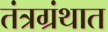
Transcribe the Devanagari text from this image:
तंत्रग्रंथात